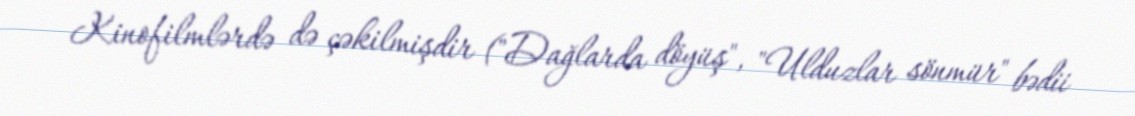
Kinofilmlərdə də çəkilmişdir ("Dağlarda döyüş", "Ulduzlar sönmür" bədii